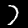
Label: 7